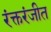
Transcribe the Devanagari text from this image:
रंक्तरंजीत